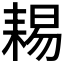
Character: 𦓻